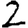
Digit: 2